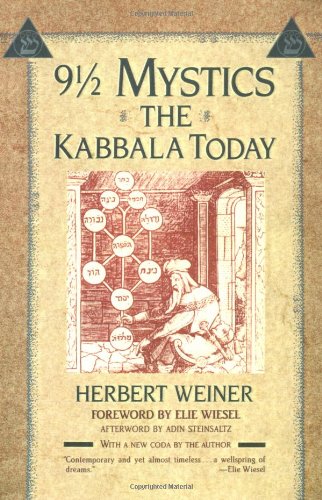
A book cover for Nine and a Half Mystics: The Kabbala Today; Herbert Weiner; Religion & Spirituality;